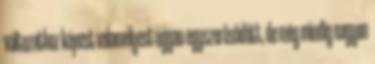
változathoz képest valamelyest ugyan egyszerűsödött, de még mindig nagyon